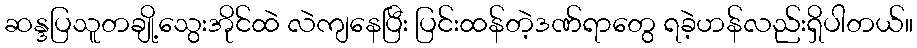
ဆန္ဒပြသူတချို့သွေးအိုင်ထဲ လဲကျနေပြီး ပြင်းထန်တဲ့ဒဏ်ရာတွေ ရခဲ့ဟန်လည်းရှိပါတယ်။